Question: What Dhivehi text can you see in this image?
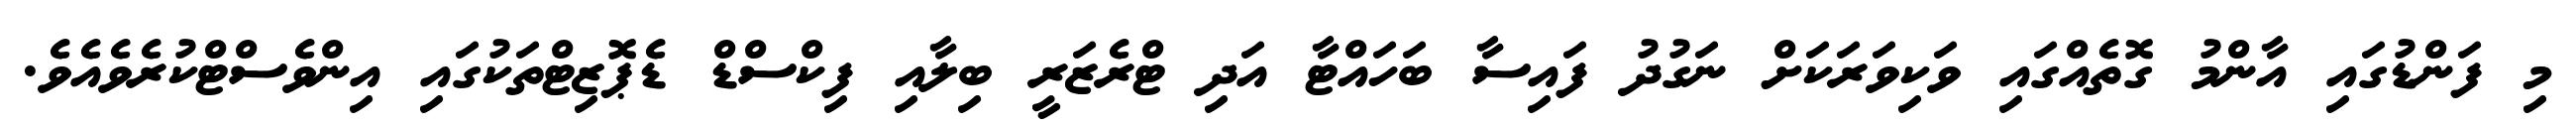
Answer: މި ފަންޑުގައި އާންމު ގޮތެއްގައި ވަކިވަރަކަށް ނަގުދު ފައިސާ ބަހައްޓާ އަދި ޓްރެޒަރީ ބިލާއި ފިކްސްޑް ޑެޕޮޒިޓްތަކުގައި އިންވެސްޓްކުރެވެއެވެ.